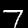
Label: 7